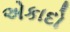
એકાદો